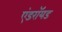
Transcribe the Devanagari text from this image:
एंडराॅयड